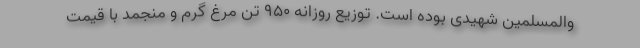
والمسلمین شهیدی بوده است. توزیع روزانه ۹۵۰ تن مرغ گرم و منجمد با قیمت